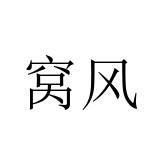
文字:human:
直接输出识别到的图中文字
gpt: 窝风